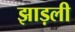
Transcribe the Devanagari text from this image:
झाड़ली